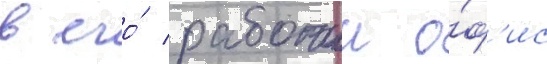
в его́ рабочии о́ф'ис